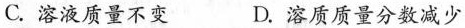
C.溶液质量不变 D.溶质质量分数减少